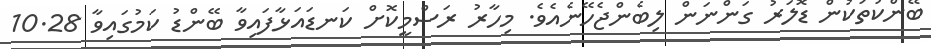
ބޭންކުތަކުން ޑޮލަރު ގަންނަން ލިބެންޖެހޭނެއެވެ. މިހާރު ރަސްމީކޮށް ކަނޑައަޅާފައިވާ ބޭންޑު ކަމުގައިވާ 10.28